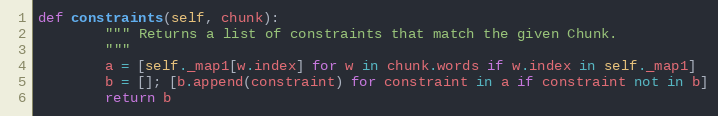
Language: Python
def constraints(self, chunk):
        """ Returns a list of constraints that match the given Chunk.
        """
        a = [self._map1[w.index] for w in chunk.words if w.index in self._map1]
        b = []; [b.append(constraint) for constraint in a if constraint not in b]
        return b